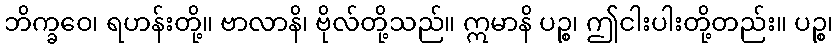
ဘိက္ခဝေ၊ ရဟန်းတို့။ ဗာလာနိ၊ ဗိုလ်တို့သည်။ ဣမာနိ ပဉ္စ၊ ဤငါးပါးတို့တည်း။ ပဉ္စ၊